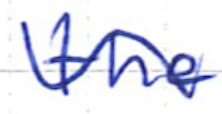
Text: the
Cross-out: wave
Writing tool: ballpoint